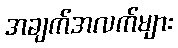
အချက်အလက်များ